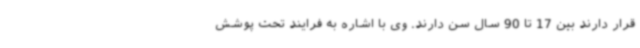
قرار دارند بین 17 تا 90 سال سن دارند. وی با اشاره به فرایند تحت پوشش